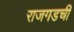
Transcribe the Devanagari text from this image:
राजगडची